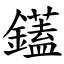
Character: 鑉